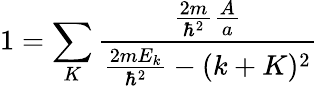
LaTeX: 1=\sum_{K}{\frac{{\frac{2m}{\hbar^{2}}}{\frac{A}{a}}}{{\frac{2mE_{k}}{\hbar^{2}}}-(k+K)^{2}}}